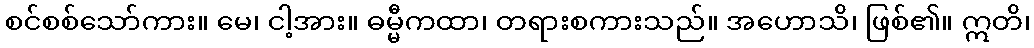
စင်စစ်သော်ကား။ မေ၊ ငါ့အား။ ဓမ္မီကထာ၊ တရားစကားသည်။ အဟောသိ၊ ဖြစ်၏။ ဣတိ၊